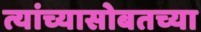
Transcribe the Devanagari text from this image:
त्यांच्यासोबतच्या